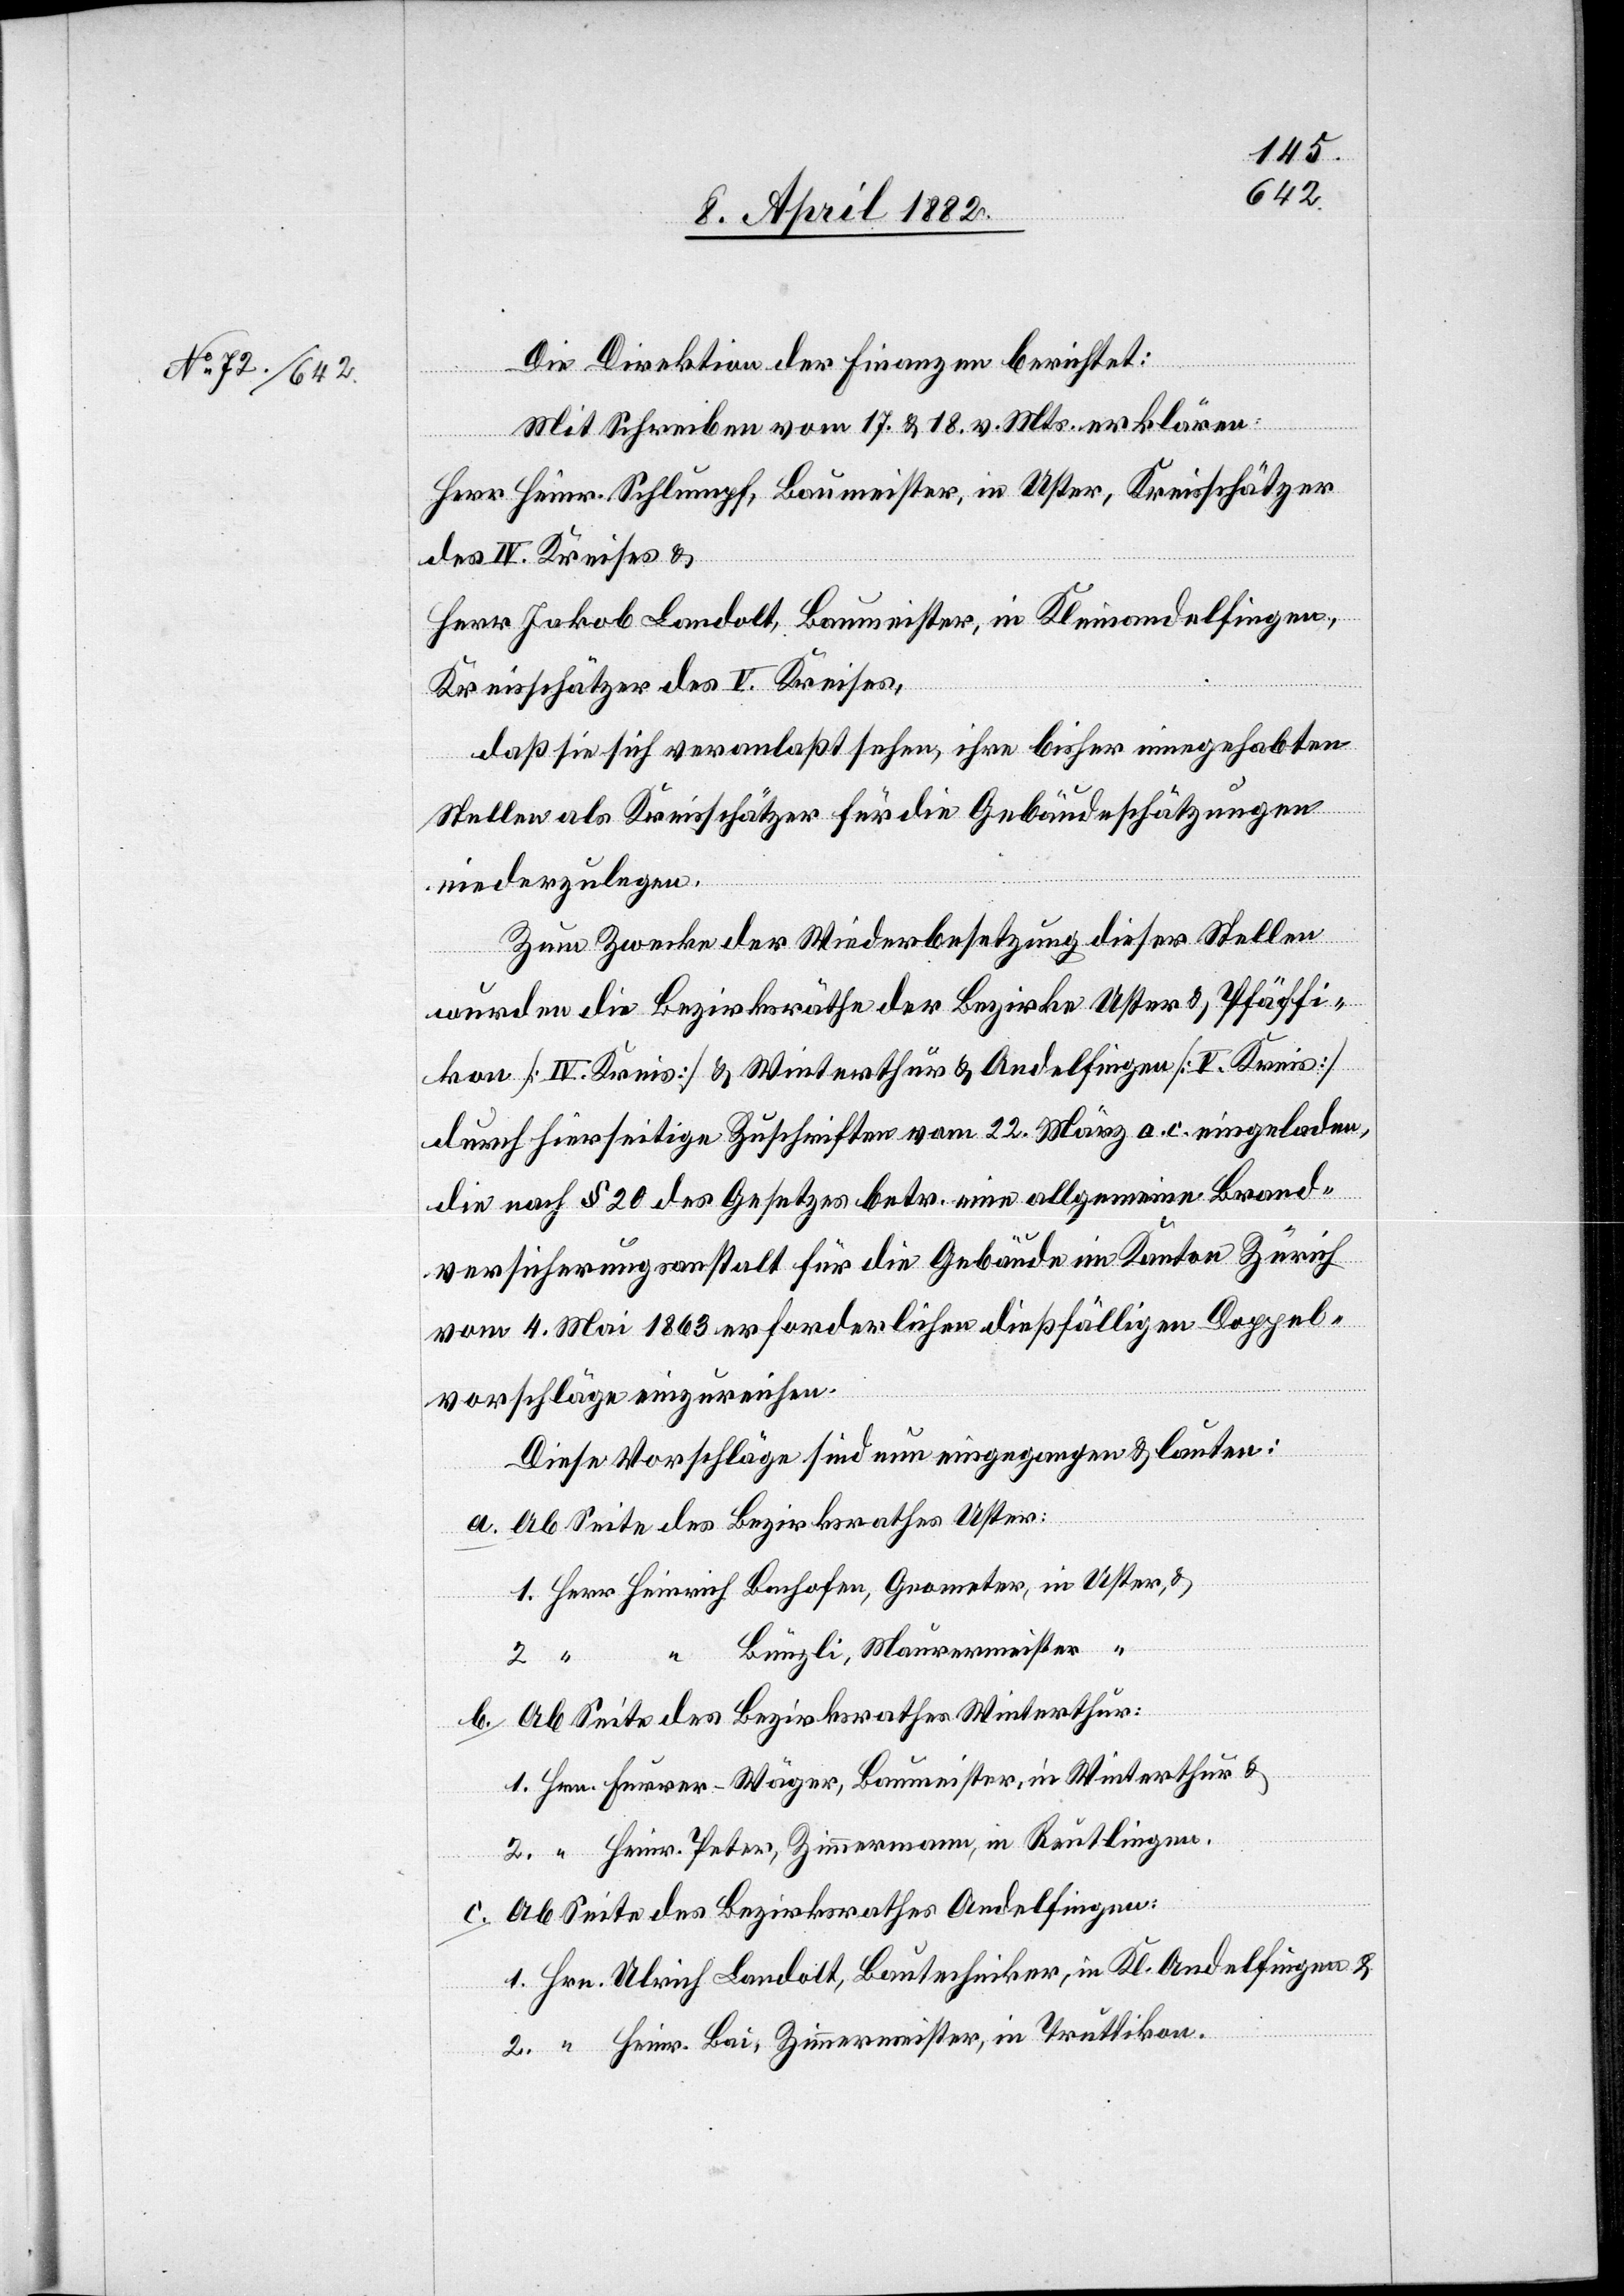
Die Direktion der Finanzen berichtet:
Mit Schreiben vom 17. & 18. v. Mts. erklären
Herr Heinr. Schlumpf, Baumeister, in Uster, Kreisschätzer
des IV. Kreises &
Herr Jakob Landolt, Baumeister, in Kleinandelfingen,
Kreisschätzer des V. Kreises,
daß sie sich veranlaßt sehen, ihre bisher innegehabten
b.
Stellen als Kreisschätzer für die Gebäudeschätzungen
niederzulegen.
Zum Zwecke der Wiederbesetzung dieser Stellen
wurden die Bezirksräthe der Bezirke Uster & Pfäffi¬
kon [IV. Kreis] & Winterthur & Andelfingen [V. Kreis]
durch hierseitige Zuschriften vom 22. März a. c. eingeladen,
die nach § 20 des Gesetzes betr. eine allgemeine Brand¬
versicherungsanstalt für die Gebäude im Kanton Zürich
vom 4. Mai 1863 erforderlichen dießfälligen Doppel¬
vorschläge einzureichen.
Diese Vorschläge sind nun eingegangen & lauten:
Ab Seite des Bezirksrathes Uster:
1. Herr Heinrich Bachofen, Geometer, in Uster &
“ Bünzli, Maurermeister
Ab Seite des Bezirksrathes Winterthur:
1. Hrn. Furrer-Wäger, Baumeister, in Winterthur &
2. “ Heinr. Peter, Zimmermann, in Reutlingen.
Ab Seite des Bezirksrathes Andelfingen:
1. Hrn. Ulrich Landolt, Bautechniker, in Kl. Andelfingen &
2. “ Heinr. Bai, Zimmermeister, in Truttikon.